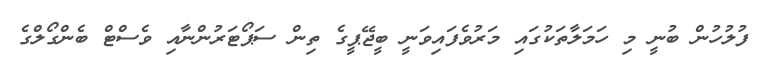
ފުލުހުން ބުނީ މި ހަމަލާތަކުގައި މަރުވެފައިވަނީ ބީޖޭޕީގެ ތިން ސަޕޯޓަރުންނާއި ވެސްޓް ބެންގޯލްގެ